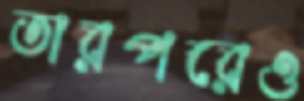
তারপরেও